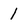
Character: 1